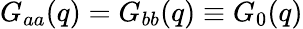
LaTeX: G_{aa}(q)=G_{bb}(q)\equiv G_{0}(q)